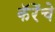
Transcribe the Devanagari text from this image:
कॅरेंचे